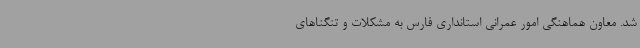
شد. معاون هماهنگی امور عمرانی استانداری فارس به مشکلات و تنگناهای